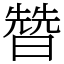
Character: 㬱